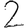
Digit: 2